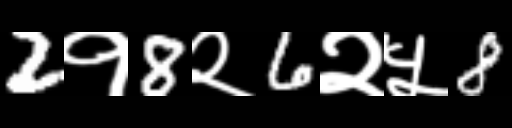
Text: 2१8२6२५8